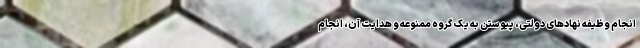
انجام وظیفه نهادهای دولتی، پیوستن به یک گروه ممنوعه و هدایت آن، انجام